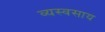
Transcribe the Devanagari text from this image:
व्यस्वसाय